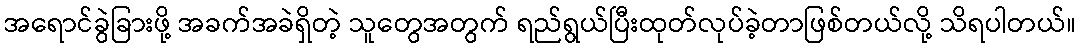
အရောင်ခွဲခြားဖို့ အခက်အခဲရှိတဲ့ သူတွေအတွက် ရည်ရွယ်ပြီးထုတ်လုပ်ခဲ့တာဖြစ်တယ်လို့ သိရပါတယ်။